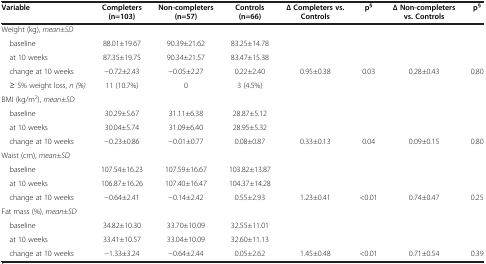
| Variable | Completers (n=103) | Non-completers (n=57) | Controls (n=66) | ∆ Completers vs. Controls | p§ | ∆ Non-completers vs. Controls | p§ |
 | --- | --- | --- | --- | --- | --- | --- | --- |
 | Weight (kg), mean±SD |  |  |  |  |  |  |  |
 | baseline | 88.01±19.67 | 90.39±21.62 | 83.25±14.78 |  |  |  |  |
 | at 10 weeks | 87.35±19.75 | 90.34±21.57 | 83.47±15.38 |  |  |  |  |
 | change at 10 weeks | −0.72±2.43 | −0.05±2.27 | 0.22±2.40 | 0.95±0.38 | 0.03 | 0.28±0.43 | 0.80 |
 | ≥ 5% weight loss, n (%) | 11 (10.7%) | 0 | 3 (4.5%) |  |  |  |  |
 | BMI (kg/m2), mean±SD |  |  |  |  |  |  |  |
 | baseline | 30.29±5.67 | 31.11±6.38 | 28.87±5.12 |  |  |  |  |
 | at 10 weeks | 30.04±5.74 | 31.09±6.40 | 28.95±5.32 |  |  |  |  |
 | change at 10 weeks | −0.23±0.86 | −0.01±0.77 | 0.08±0.87 | 0.33±0.13 | 0.04 | 0.09±0.15 | 0.80 |
 | Waist (cm), mean±SD |  |  |  |  |  |  |  |
 | baseline | 107.54±16.23 | 107.59±16.67 | 103.82±13.87 |  |  |  |  |
 | at 10 weeks | 106.87±16.26 | 107.40±16.47 | 104.37±14.28 |  |  |  |  |
 | change at 10 weeks | −0.64±2.41 | −0.14±2.42 | 0.55±2.93 | 1.23±0.41 | <0.01 | 0.74±0.47 | 0.25 |
 | Fat mass (%), mean±SD |  |  |  |  |  |  |  |
 | baseline | 34.82±10.30 | 33.70±10.09 | 32.55±11.01 |  |  |  |  |
 | at 10 weeks | 33.41±10.57 | 33.04±10.09 | 32.60±11.13 |  |  |  |  |
 | change at 10 weeks | −1.33±3.24 | −0.64±2.44 | 0.05±2.62 | 1.45±0.48 | <0.01 | 0.71±0.54 | 0.39 |